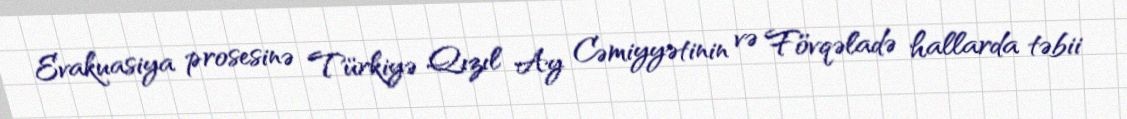
Evakuasiya prosesinə Türkiyə Qızıl Ay Cəmiyyətinin və Fövqəladə hallarda təbii